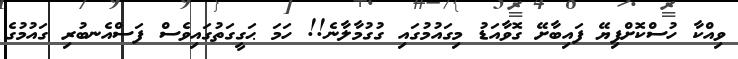
ވިއްކާ ހުސްކޮށްފިޔޭ ފައިބާށޭ ގޮވާއަޑު މިގައުމުގައި ގުގުމާލާނެ!! ހަމަ ޙަގީގަތުގައިވެސް ފަސްއެނބުރި ގައުމުގެ